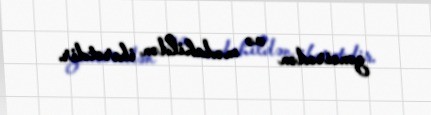
zəncirədən və mədahildən ibarətdir.